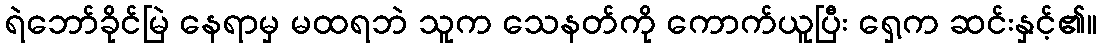
ရဲဘော်ခိုင်မြဲ နေရာမှ မထရဘဲ သူက သေနတ်ကို ကောက်ယူပြီး ရှေ့က ဆင်းနှင့်၏။